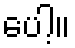
ပေါ့။